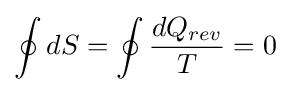
\oint dS=\oint {dQ_{rev} \over T}=0